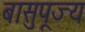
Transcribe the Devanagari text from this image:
बासुपूज्य